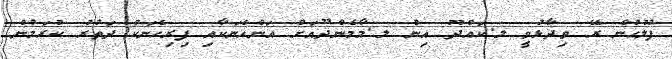
ފުލުހުން ރޭ ވިދާޅުވީ ލ.ކައްދޫ އިން ލ.މާމެންދޫއަށް އަންހެނަކާއި ފިރިހެނަކު ދަތުރު ކުރަމުން